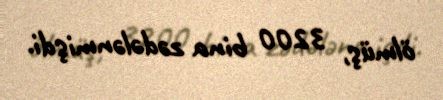
ölmüş, 3200 bina zədələnmişdi.